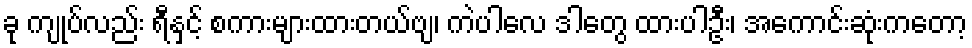
ခု ကျုပ်လည်း ရီနှင့် စကားများထားတယ်ဗျ၊ ကဲပါလေ ဒါတွေ ထားပါဦး၊ အကောင်းဆုံးကတော့